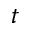
_ t